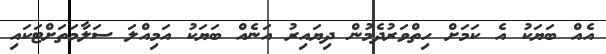
އެއް ބަޔަކު އެ ކަމަށް ހިތްވަރުދެމުން ދިޔައިރު އަނެއް ބަޔަކު އަމިއްލަ ސަލާމަތަށްޓަކައި